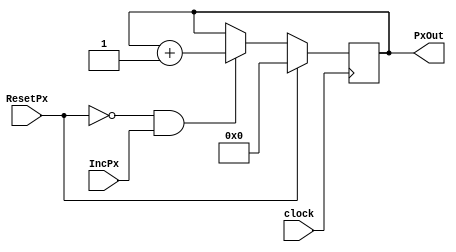
/*Module for Pixel Counter*/
module pixelcounter(clock, ResetPx, IncPx,PxOut);
input clock;
input ResetPx;
input IncPx;
output [9:0] PxOut;
reg [9:0] PxOut;

initial
begin
 PxOut=10'b0;
end

always@(posedge clock)
begin
if(ResetPx==1'b1)
PxOut <= 10'b0;

/*Pixelcounter to increment only when IncPx signal recevied from controller */
else if (ResetPx==0 && IncPx==1)
PxOut <= PxOut + 10'b1;
end
endmodule